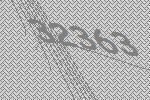
32363